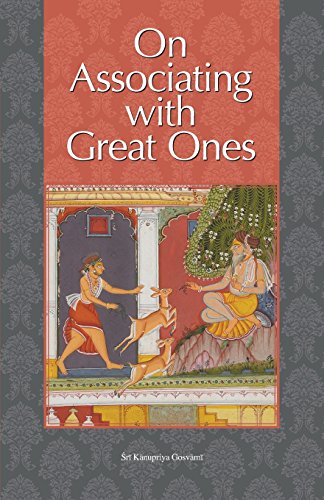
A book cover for On Associating with Great Ones; Kanupriya Gosvami; Religion & Spirituality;